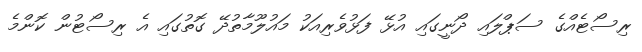
ރިސޯޓެއްގެ ސަޕްލައި ދޯނީގައި އުޅޭ ފަޅުވެރިއަކު މައުލޫމާތުދޭ ގޮތުގައި އެ ރިސޯޓުން ކޮންމެ